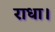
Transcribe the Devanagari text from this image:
राधा।